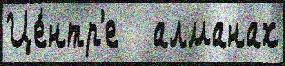
Це́нтр'е   алманах